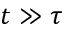
t \gg \tau